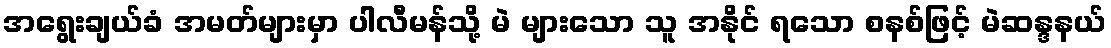
အရွေးချယ်ခံ အမတ်များမှာ ပါလီမန်သို့ မဲ များသော သူ အနိုင် ရသော စနစ်ဖြင့် မဲဆန္ဒနယ်